Civil Veterinary Dept. Bombay admin report 1893-99 - 1893-1899
Year: 1893
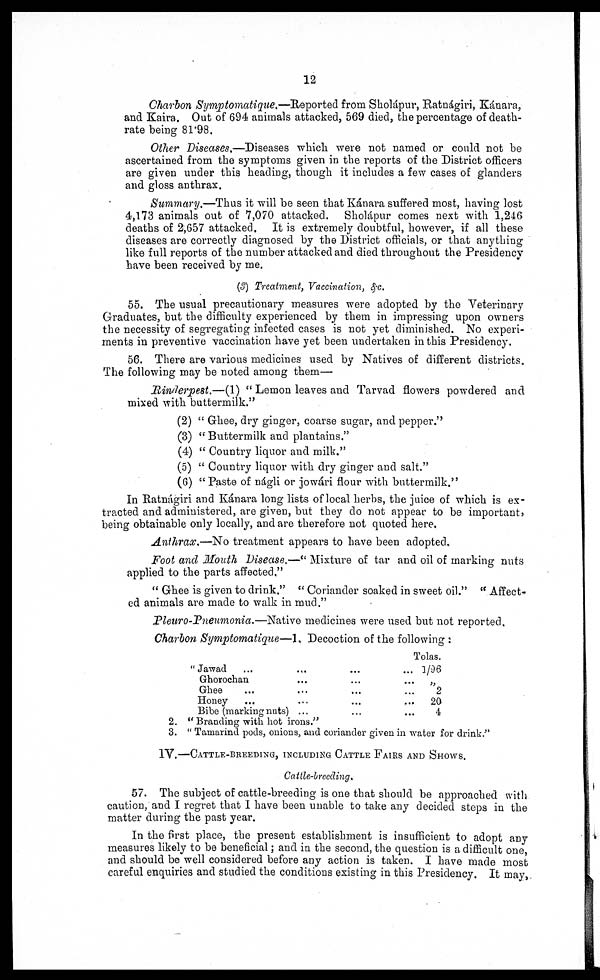
12
Charbon Symptomatique.—Reported from Sholápur, Ratnágiri, Kánara,
and Kaira. Out of 694 animals attacked, 569 died, the percentage of death-
rate being 81.98.
Other Diseases.—Diseases which were not named or could not be
ascertained from the symptoms given in the reports of the District officers
are given under this heading, though it includes a few cases of glanders
and gloss anthrax.
Summary.—Thus it will be seen that Kánara suffered most, having lost
4,173 animals out of 7,070 attacked. Sholápur comes next with 1,246
deaths of 2,657 attacked. It is extremely doubtful, however, if all these
diseases are correctly diagnosed by the District officials, or that anything
like full reports of the number attacked and died throughout the Presidency
have been received by me.
(3) Treatment, Vaccination, &c.
55. The usual precautionary measures were adopted by the Veterinary
Graduates, but the difficulty experienced by them in impressing upon owners
the necessity of segregating infected cases is not yet diminished. No experi-
ments in preventive vaccination have yet been undertaken in this Presidency.
56. There are various medicines used by Natives of different districts.
The following may be noted among them—
Rinderpest.—(1) " Lemon leaves and Tarvad flowers powdered and
mixed with buttermilk."
(2) " Ghee, dry ginger, coarse sugar, and pepper."
(3) " Buttermilk and plantains."
(4) " Country liquor and milk."
(5) " Country liquor with dry ginger and salt."
(6) "Paste of nágli or jowári flour with buttermilk."
In Ratnágiri and Kánara long lists of local herbs, the juice of which is ex-
tracted and administered, are given, but they do not appear to be important,
being obtainable only locally, and are therefore not quoted here.
Anthrax.—No treatment appears to have been adopted.
Foot and Mouth Disease.—" Mixture of tar and oil of marking nuts
applied to the parts affected."
" Ghee is given to drink." " Coriander soaked in sweet oil." " Affect-
ed animals are made to walk in mud."
Pleuro-Pneumonia.—Native medicines were used but not reported.
Charbon Symptomatique—1, Decoction of the following :
"Jawad ... ...
Ghorochan ... ... ...
Ghee ... ... ... ...
Honey ... ... ... ...
Bibe (marking nuts) ... ...
Tolas.
1/96
20
2
20
4
2. " Branding with hot irons."
3. " Tamarind pods, onions, and coriander given in water for drink."
IV.—CATTLE-BREEDING, INCLUDING CATTLE FAIRS AND SHOWS.
Cattle-breeding.
57. The subject of cattle-breeding is one that should be approached with
caution, and I regret that I have been unable to take any decided steps in the
matter during the past year.
In the first place, the present establishment is insufficient to adopt any
measures likely to be beneficial; and in the second, the question is a difficult one,
and should be well considered before any action is taken. I have made most
careful enquiries and studied the conditions existing in this Presidency. It may,